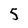
Character: 5